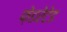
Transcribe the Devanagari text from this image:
फ़ेडरेटेड